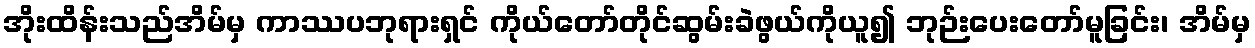
အိုးထိန်းသည်အိမ်မှ ကာဿပဘုရားရှင် ကိုယ်တော်တိုင်ဆွမ်းခဲဖွယ်ကိုယူ၍ ဘုဉ်းပေးတော်မူခြင်း၊ အိမ်မှ